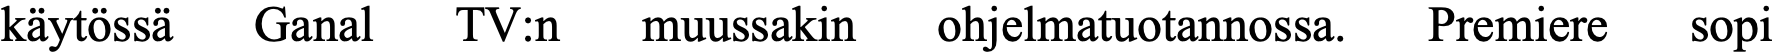
käytössä Ganal TV:n  muussakin ohjelmatuotannossa. Premiere sopi